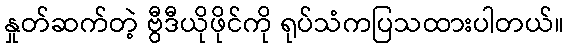
နှုတ်ဆက်တဲ့ ဗွီဒီယိုဖိုင်ကို ရုပ်သံကပြသထားပါတယ်။